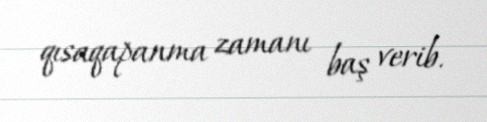
qısaqapanma zamanı baş verib.